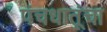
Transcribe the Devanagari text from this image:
पंचधातूंचा